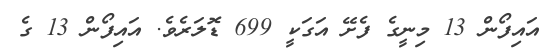
އައިފޯން 13 މިނީގެ ފެށޭ އަގަކީ 699 ޑޮލަރެވެ. އައިފޯން 13 ގެ